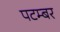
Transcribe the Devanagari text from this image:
पटम्‍बर